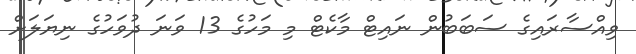
ވިއްސާރައިގެ ސަބަބުން ނައިޓް މާކެޓް މި މަހުގެ 13 ވަނަ ދުވަހުގެ ނިޔަލަށް